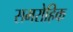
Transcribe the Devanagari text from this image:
समरोहिक